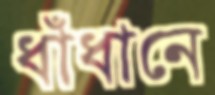
ধাঁধানে